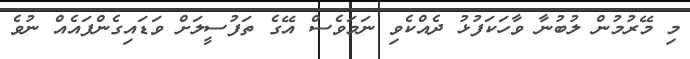
މި މޭރުމުން ލުބުނާ ވާހަކަފުޅު ދެއްކެވި ނަމަވެސް އޭގެ ތަފުސީލަށް ވަޑައިގެންފައެއް ނުވެ